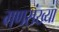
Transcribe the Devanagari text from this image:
गणसंख्या